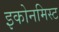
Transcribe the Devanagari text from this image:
इकोनमिस्ट